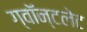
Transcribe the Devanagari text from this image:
ग्वॉन्टलेट